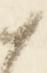
々